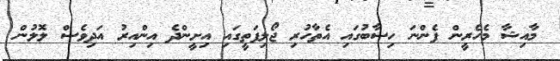
މާއިޝާ މެހެރީން ފެންނަ ހިސާބުގައި އެތާހުރި ޖޯލިފަތީގައި އިށީންދެ އިންއިރު އަދިވެސް ލޮލުން